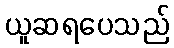
ယူဆရပေသည်